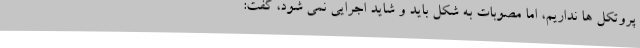
پروتکل ها نداریم، اما مصوبات به شکل باید و شاید اجرایی نمی شود، گفت: